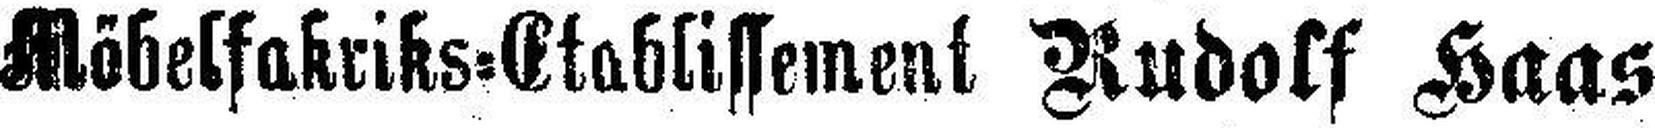
Möbelfakriks=Etablissement Rudolf Haas